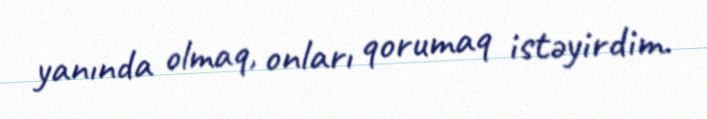
yanında olmaq, onları qorumaq istəyirdim.